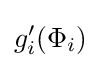
g'_{i}(\Phi _{i})